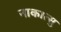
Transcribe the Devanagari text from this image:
नाकात्सु